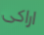
اراكى